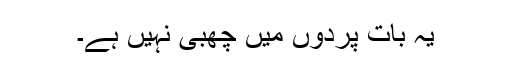
یہ بات پردوں میں چھبی نہیں ہے۔